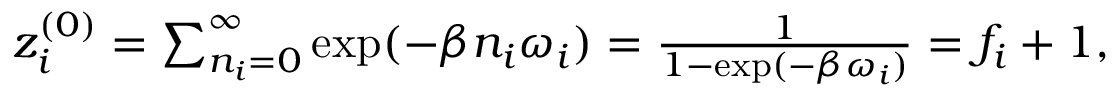
\begin{array} { r } { z _ { i } ^ { ( 0 ) } = \sum _ { n _ { i } = 0 } ^ { \infty } \exp ( - \beta n _ { i } \omega _ { i } ) = \frac { 1 } { 1 - \exp ( - \beta \omega _ { i } ) } = f _ { i } + 1 , } \end{array}